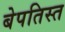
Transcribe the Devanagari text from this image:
बेपतिस्त